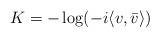
LaTeX: \begin{align*}K=-\log (-i\langle v, \bar{v}\rangle)\end{align*}